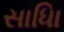
સાધિા